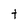
Character: t